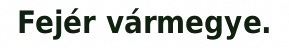
Fejér vármegye.